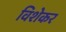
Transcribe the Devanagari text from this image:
विशेकर